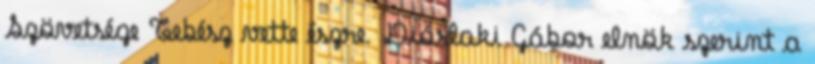
Szövetsége Tebész vette észre. Dióslaki Gábor elnök szerint a